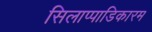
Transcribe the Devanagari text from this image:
सिलाप्पाडिकारम